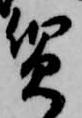
質